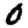
Digit: 0